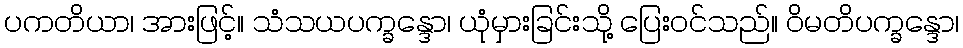
ပကတိယာ၊ အားဖြင့်။ သံသယပက္ခန္ဒော၊ ယုံမှားခြင်းသို့ ပြေးဝင်သည်။ ဝိမတိပက္ခန္ဒော၊